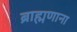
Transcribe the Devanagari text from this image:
ब्राह्मणाना